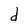
Character: d